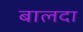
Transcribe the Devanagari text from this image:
बालदा